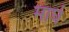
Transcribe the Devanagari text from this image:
मार्घ